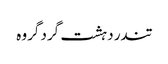
تندر دہشت گرد گروہ